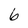
Character: 6